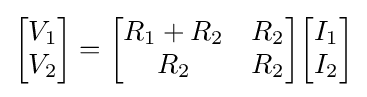
{\begin{bmatrix}V_{1}\\V_{2}\end{bmatrix}}={\begin{bmatrix}R_{1}+R_{2}&R_{2}\\R_{2}&R_{2}\end{bmatrix}}{\begin{bmatrix}I_{1}\\I_{2}\end{bmatrix}}